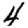
Digit: 4